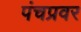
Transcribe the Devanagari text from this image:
पंचप्रवर